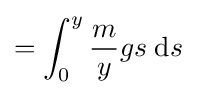
=\int _{0}^{y}{\frac {m}{y}}gs\;\mathrm {d} s